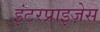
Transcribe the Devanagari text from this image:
इंटरप्राइज़ेस